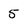
Character: 5